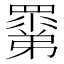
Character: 𥊽